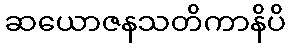
ဆယောဇနသတိကာနိပိ